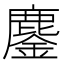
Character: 鏖